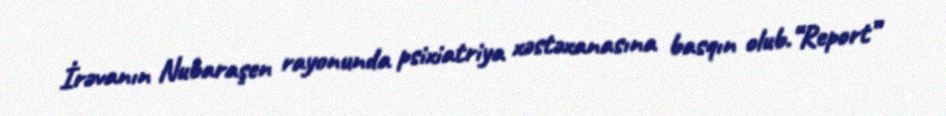
İrəvanın Nubaraşen rayonunda psixiatriya xəstəxanasına basqın olub.“Report”